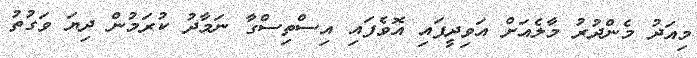
މިއަދު މެންދުރު މާލެއަށް އަވިދީފައި އޮވެެފައި އިސްތިސްގާ ނަމާދު ކުރަމުން ދިޔަ ވަގުތު